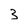
Character: 3